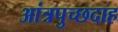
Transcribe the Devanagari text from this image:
आंत्रपुच्छदाह